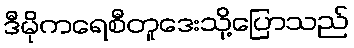
ဒီမိုကရေစီတူဒေးသို့ပြောသည်